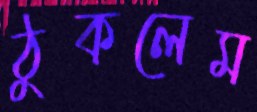
ঠুকলেম